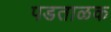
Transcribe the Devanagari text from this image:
पडताळक